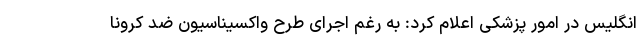
انگلیس در امور پزشکی اعلام کرد: به رغم اجرای طرح واکسیناسیون ضد کرونا